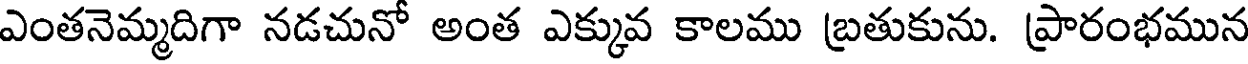
ఎంతనెమ్మదిగా నడచునో అంత ఎక్కువ కాలము బ్రతుకును. ప్రారంభమున